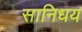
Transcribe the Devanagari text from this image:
सानिधय